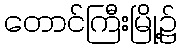
တောင်ကြီးမြို့၌